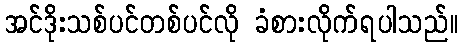
အင်ဒိုးသစ်ပင်တစ်ပင်လို ခံစားလိုက်ရပါသည်။